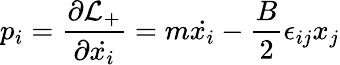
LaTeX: p_{i}=\frac{\partial{\cal L}_{+}}{\partial{\dot{x_{i}}}}=m{\dot{x_{i}}}-\frac{B}{2}\epsilon_{ij}x_{j}